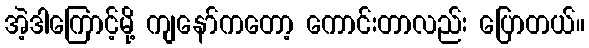
အဲ့ဒါကြောင့်မို့ ကျနော်ကတော့ ကောင်းတာလည်း ပြောတယ်။